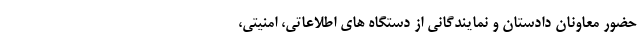
حضور معاونان دادستان و نمایندگانی از دستگاه های اطلاعاتی، امنیتی،